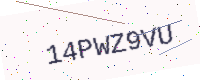
Text: 14PWZ9VU